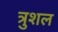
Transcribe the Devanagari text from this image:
त्रुशल